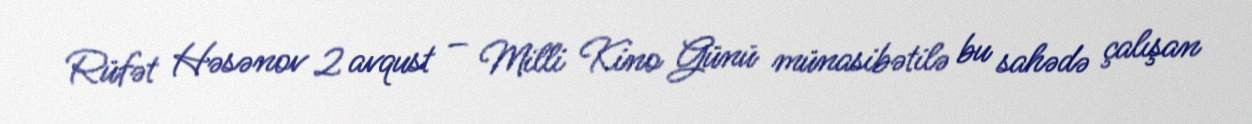
Rüfət Həsənov 2 avqust – Milli Kino Günü münasibətilə bu sahədə çalışan